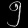
Digit: ၅